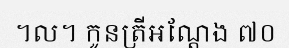
។ល។ កូនត្រីអណ្តែង ៧០